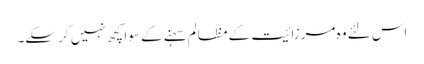
اس لئے وہ مرزائیت کے مظالم سہنے کے سوا کچھ نہیں کر سکے۔